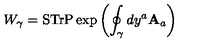
W _ { \gamma } = \mathrm { S T r P } \exp \left( \oint _ { \gamma } d y ^ { a } { \bf A } _ { a } \right)